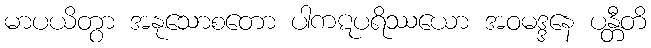
မာပယိတွာ အနုသောစတော ပါကဋပရိဿယော အဝမဒ္ဒနေ ပန္တီတိ